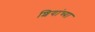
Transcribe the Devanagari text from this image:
शियांच्या